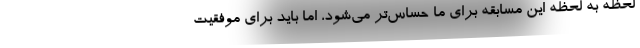
لحظه به لحظه این مسابقه برای ما حساس‌تر می‌شود، اما باید برای موفقیت